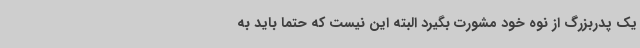
یک پدربزرگ از نوه خود مشورت بگیرد البته این نیست که حتماً باید به